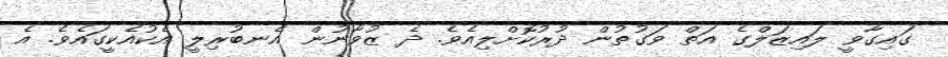
ގައިގާވީ ލައިޒަލްގެ އަތް ވަގުތުން ދުރުކޮށްލިއެވެ. ދެ ޒުވާނުން އެނބުރިލީ އެކުއެކީގައެވެ. އެ